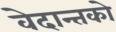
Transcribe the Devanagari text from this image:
वेदान्तकाे